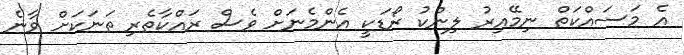
އެ މަސައްކަތް ނިމޭއިރު ލިންކު ރޯޑަކީ އެންމެނަށް ވެސް ރައްކާތެރި ތަނަކަށް ވާނެ